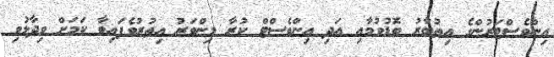
އިންވެސްޓަރުންގެ އިތުބާރު ބޮޑުވުމާއި އަދި އިންވެސްޓް ކުރާ މިންވަރު އިތުރުވެފައިވާ ކަމަށް ވިދާޅުވި